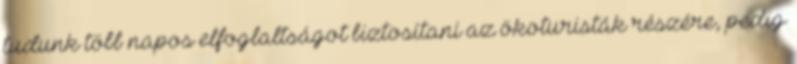
tudunk több napos elfoglaltságot biztosítani az ökoturisták részére, pedig